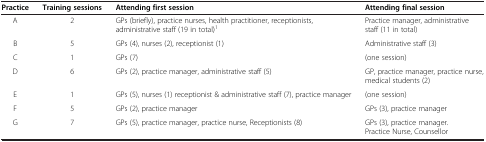
<table><thead><tr><td><b>Practice</b></td><td><b>Training sessions</b></td><td><b>Attending first session</b></td><td><b>Attending final session</b></td></tr></thead><tbody><tr><td>A</td><td>2</td><td>GPs (briefly), practice nurses, health practitioner, receptionists, administrative staff (19 in total)<sup>1</sup></td><td>Practice manager, administrative staff (11 in total)</td></tr><tr><td>B</td><td>5</td><td>GPs (4), nurses (2), receptionist (1)</td><td>Administrative staff (3)</td></tr><tr><td>C</td><td>1</td><td>GPs (7)</td><td>(one session)</td></tr><tr><td>D</td><td>6</td><td>GPs (2), practice manager, administrative staff (5)</td><td>GP, practice manager, practice nurse, medical students (2)</td></tr><tr><td>E</td><td>1</td><td>GPs (5), nurses (1) receptionist &amp; administrative staff (7), practice manager</td><td>(one session)</td></tr><tr><td>F</td><td>5</td><td>GPs (2), practice manager</td><td>GPs (3), practice manager</td></tr><tr><td>G</td><td>7</td><td>GPs (5), practice manager, practice nurse, Receptionists (8)</td><td>GPs (3), practice manager. Practice Nurse, Counsellor</td></tr></tbody></table>